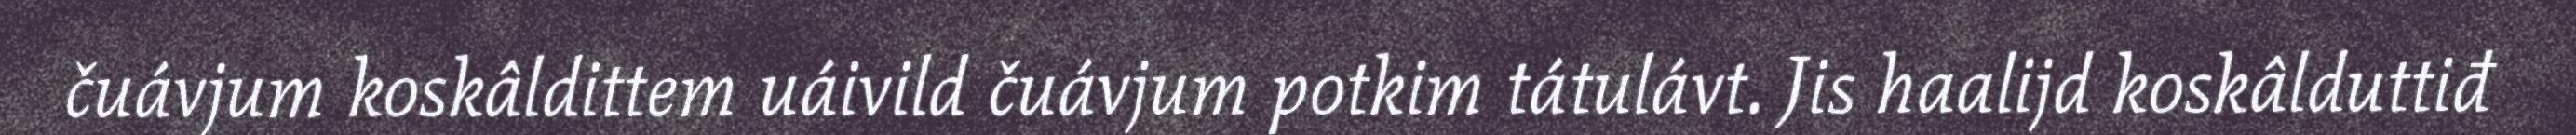
čuávjum koskâldittem uáivild čuávjum potkim tátulávt. Jis haalijd koskâlduttiđ